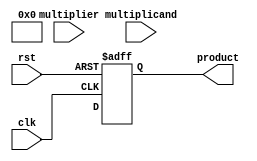
module synchronous_wallace_tree_multiplier #(
    parameter N = 8 // Bit width of the multiplier and multiplicand
)(
    input  wire clk,
    input  wire rst,
    input  wire [N-1:0] multiplicand,
    input  wire [N-1:0] multiplier,
    output reg [2*N-1:0] product
);

    // Intermediate signals for partial products
    wire [N-1:0] partial_products[N-1:0];

    // Generate partial products
    genvar i, j;
    generate
        for (i = 0; i < N; i = i + 1) begin : gen_partial_products
            assign partial_products[i] = multiplicand & {N{multiplier[i]}};
        end
    endgenerate

    // Wallace tree reduction logic
    wire [N-1:0] sum_stage1 [0:N/2-1];
    wire [N-1:0] carry_stage1 [0:N/2-1];

    // First stage of reduction
    generate
        for (i = 0; i < N/2; i = i + 1) begin : stage1
            if (i < N-1) begin
                // Use full adder for three inputs
                assign {carry_stage1[i], sum_stage1[i]} = partial_products[2*i] + partial_products[2*i+1] + (i < N-1 ? partial_products[2*i+2] : 0);
            end
        end
    endgenerate

    // Second stage of reduction
    wire [N-1:0] sum_stage2 [0:N/4-1];
    wire [N-1:0] carry_stage2 [0:N/4-1];

    generate
        for (i = 0; i < N/4; i = i + 1) begin : stage2
            if (i < N/2-1) begin
                assign {carry_stage2[i], sum_stage2[i]} = sum_stage1[2*i] + sum_stage1[2*i+1] + carry_stage1[i];
            end
        end
    endgenerate

    // Final stage of reduction
    wire [N-1:0] final_sum;
    wire final_carry;

    assign {final_carry, final_sum} = sum_stage2[0] + sum_stage2[1] + carry_stage2[0];

    // Final addition to produce the product
    always @(posedge clk or posedge rst) begin
        if (rst) begin
            product <= 0;
        end else begin
            product <= {final_carry, final_sum}; // Combine final sum and carry
        end
    end

endmodule